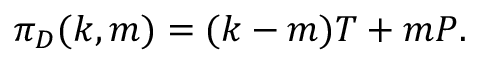
\pi _ { D } ( k , m ) = ( k - m ) T + m P .